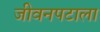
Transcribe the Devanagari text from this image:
जीवनपटाला